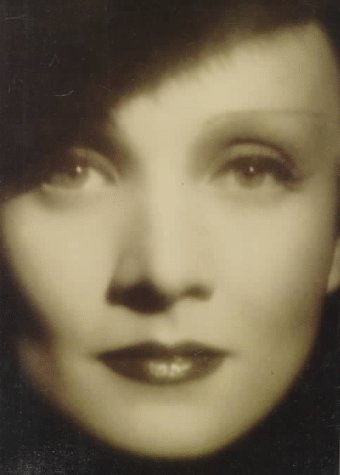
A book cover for Marlene Dietrich; Maria Riva; Crafts, Hobbies & Home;